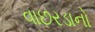
વાછરડાનો